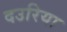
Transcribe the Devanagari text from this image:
दउरिया